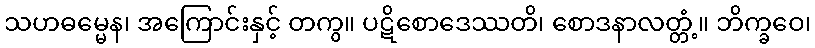
သဟဓမ္မေန၊ အကြောင်းနှင့် တကွ။ ပဋိစောဒေဿတိ၊ စောဒနာလတ္တံ့။ ဘိက္ခဝေ၊